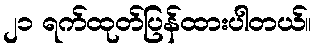
၂၁ ရက်ထုတ်ပြန်ထားပါတယ်။